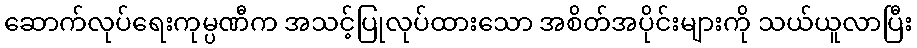
ဆောက်လုပ်ရေးကုမ္ပဏီက အသင့်ပြုလုပ်ထားသော အစိတ်အပိုင်းများကို သယ်ယူလာပြီး